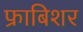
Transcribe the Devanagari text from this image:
फ्राबिशर